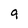
Character: 9